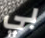
بي